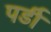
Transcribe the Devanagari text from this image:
पर्डी